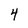
Character: 4